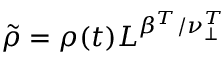
\Tilde { \rho } = \rho ( t ) L ^ { \beta ^ { T } / \nu _ { \perp } ^ { T } }